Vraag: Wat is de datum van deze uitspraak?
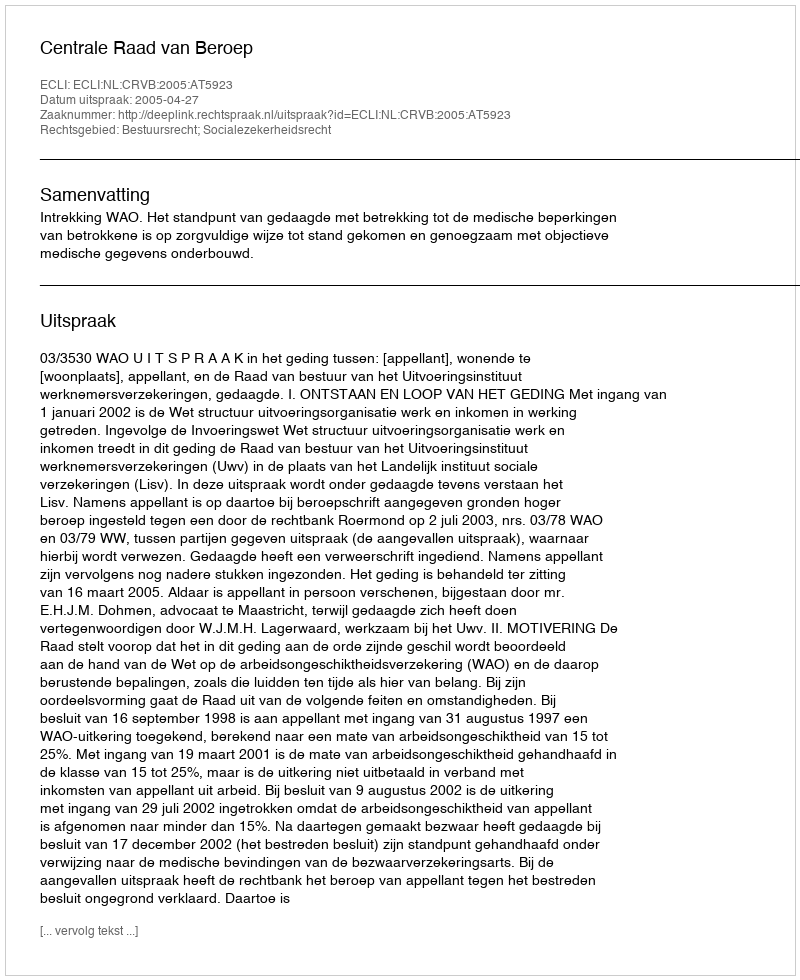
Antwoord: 2005-04-27